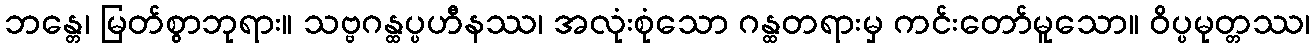
ဘန္တေ၊ မြတ်စွာဘုရား။ သဗ္ဗဂန္ထပ္ပဟီနဿ၊ အလုံးစုံသော ဂန္ထတရားမှ ကင်းတော်မူသော။ ဝိပ္ပမုတ္တဿ၊